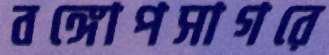
বঙ্গোপসাগরে